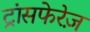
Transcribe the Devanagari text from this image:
ट्रांसफेरेज़